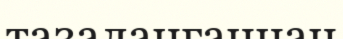
тазаланғаннан